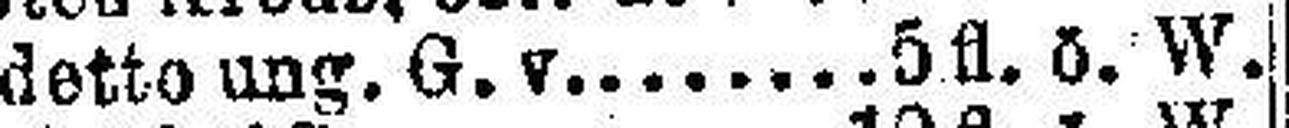
detto ung. G. v. 5 fl. ö. W.